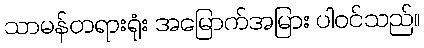
သာမန်တရားရုံး အမြောက်အမြား ပါဝင်သည်။